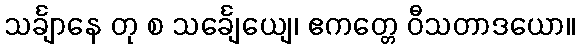
သင်္ချာနေ တု စ သင်္ချေယျေ၊ ဧကတ္တေ ဝီသတာဒယော။